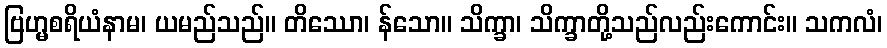
ဗြဟ္မစရိယံနာမ၊ ယမည်သည်။ တိဿော၊ န်သော။ သိက္ခာ၊ သိက္ခာတို့သည်လည်းကောင်း။ သကလံ၊